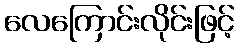
လေကြောင်းလိုင်းဖြင့်